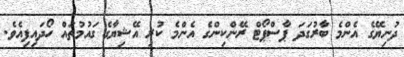
ދުނިޔޭގެ އެންމެ ބާރުގަދަ ޕާސްޕޯޓް ރޭންކިންގެ އެންމެ ކުރި އޭޝިޔާގެ ގައުމުތައް ހޯދައިފިއެވެ.